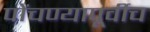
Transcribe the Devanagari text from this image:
पोंचण्यापूर्वीच